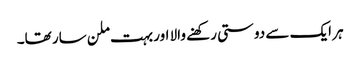
ہر ایک سے دوستی رکھنے والا اور بہت ملن سار تھا۔